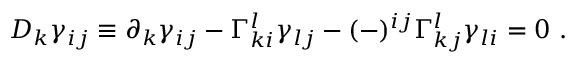
D _ { k } \gamma _ { i j } \equiv \partial _ { k } \gamma _ { i j } - \Gamma _ { k i } ^ { l } \gamma _ { l j } - ( - ) ^ { i j } \Gamma _ { k j } ^ { l } \gamma _ { l i } = 0 \ .